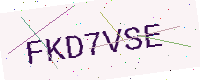
Text: FKD7VSE